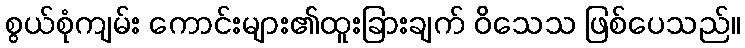
စွယ်စုံကျမ်း ကောင်းများ၏ထူးခြားချက် ဝိသေသ ဖြစ်ပေသည်။